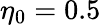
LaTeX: \eta_{0}=0.5